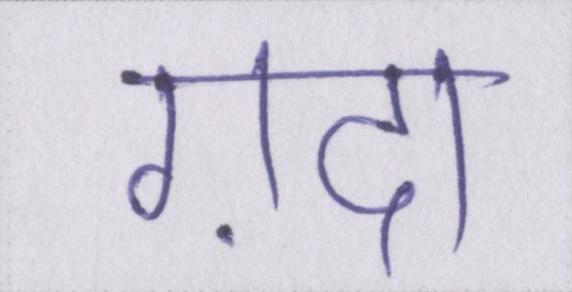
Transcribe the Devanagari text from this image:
ग़दर